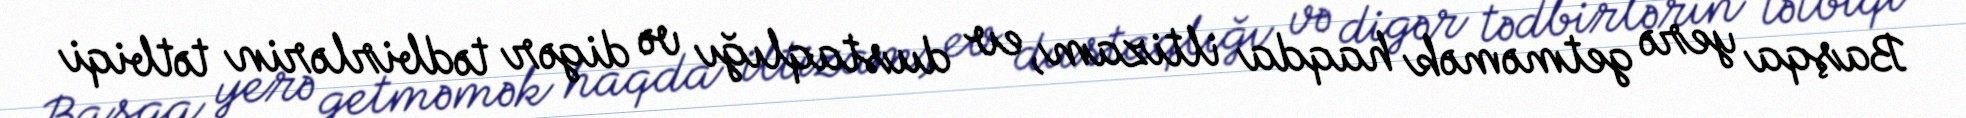
Başqa yerə getməmək haqda iltizam, ev dustaqlığı və digər tədbirlərin tətbiqi